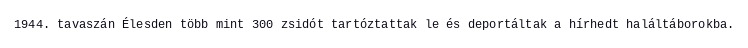
1944. tavaszán Élesden több mint 300 zsidót tartóztattak le és deportáltak a hírhedt haláltáborokba.